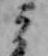
ミ